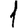
Digit: 1